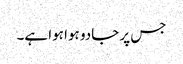
جس پر جادو ہوا ہوا ہے۔